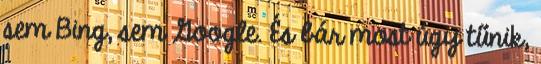
sem Bing, sem Google. És bár most úgy tűnik,